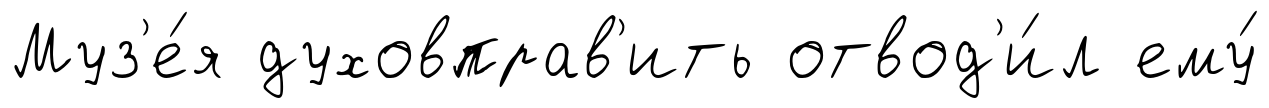
Муз'е́я духовправ'ить отвод'и́л ему́